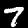
Label: 7